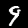
Label: 9